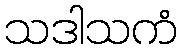
သဒါသကံ